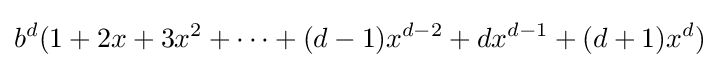
b^{d}(1+2x+3x^{2}+\cdots +(d-1)x^{d-2}+dx^{d-1}+(d+1)x^{d})